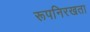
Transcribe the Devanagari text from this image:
रूपनिरखता